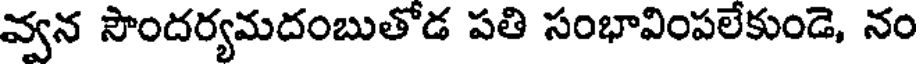
వ్వన సౌందర్యమదంబుతోడ పతి సంభావింపలేకుండె, నం